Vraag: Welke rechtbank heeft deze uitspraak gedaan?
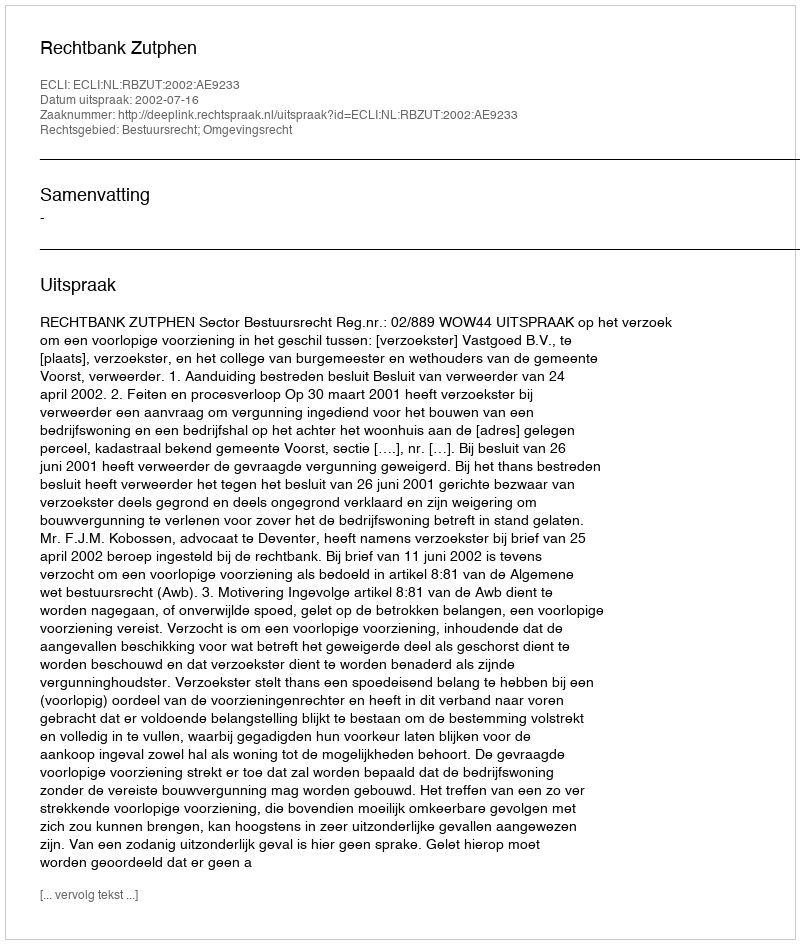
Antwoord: Rechtbank Zutphen